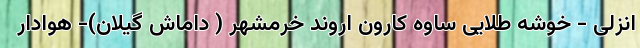
انزلی - خوشه طلایی ساوه کارون اروند خرمشهر ( داماش گیلان)- هوادار